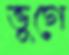
ভুগে